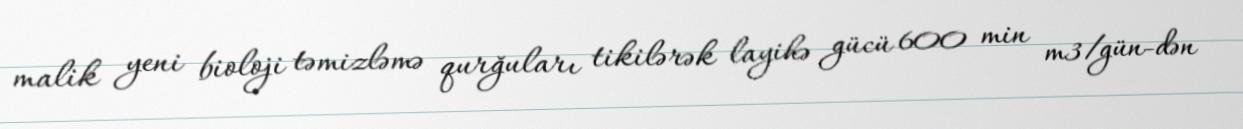
malik yeni bioloji təmizləmə qurğuları tikilərək layihə gücü 600 min m3/gün-dən